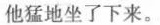
他猛地坐了下来。